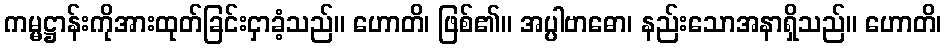
ကမ္မဋ္ဌာန်းကိုအားထုတ်ခြင်းငှာခံ့သည်။ ဟောတိ၊ ဖြစ်၏။ အပ္ပါဗာဓော၊ နည်းသောအနာရှိသည်။ ဟောတိ၊